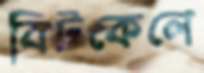
বিটকেলে